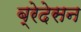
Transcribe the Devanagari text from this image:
ब्रेदेसन